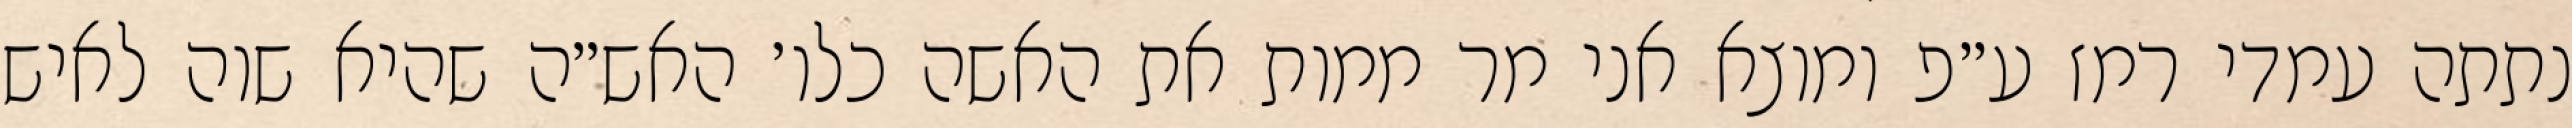
נתתה עמדי רמז ע״פ ומוצא אני מר ממות את האשה כלו׳ האש״ה שהיא שוה לאיש